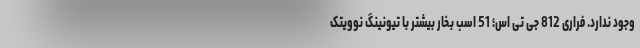
وجود ندارد. فراری 812 جی تی اس؛ 51 اسب بخار بیشتر با تیونینگ نوویتک